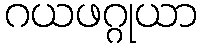
ဂယဖဂ္ဂုယာ